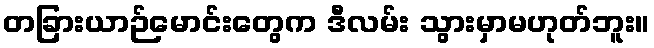
တခြားယာဉ်မောင်းတွေက ဒီလမ်း သွားမှာမဟုတ်ဘူး။